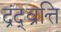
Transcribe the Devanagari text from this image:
द्रंद्व्रत्ति